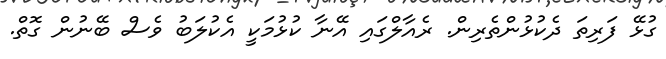
ގުޅޭ ފަރިތަ ދެކުޅުންތެރިން. ރެއާލްގައި އޭނާ ކުޅުމަކީ އެކުލަބު ވެސް ބޭނުން ގޮތް.